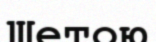
Шетою